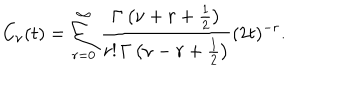
C _ { \nu } ( t ) = \sum _ { r = 0 } ^ { \infty } { \frac { \Gamma \left( \nu + r + { \frac { 1 } { 2 } } \right) } { r ! \, \Gamma \left( \nu - r + { \frac { 1 } { 2 } } \right) } } ( 2 t ) ^ { - r } .